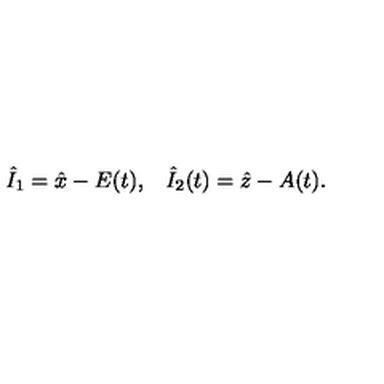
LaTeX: \begin{array} { c c } { \hat { I } _ { 1 } = \hat { x } - E ( t ) , } & { \hat { I } _ { 2 } ( t ) = \hat { z } - A ( t ) . } \\ \end{array}